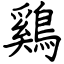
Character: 鷄